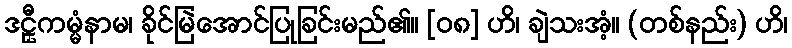
ဒဠှီကမ္မံနာမ၊ ခိုင်မြဲအောင်ပြုခြင်းမည်၏။ [၀၈] ဟိ၊ ချဲသးအံ့။ (တစ်နည်း) ဟိ၊